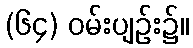
(၆၄) ဝမ်းပျဉ်း၌။